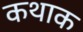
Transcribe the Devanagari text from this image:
कथाक